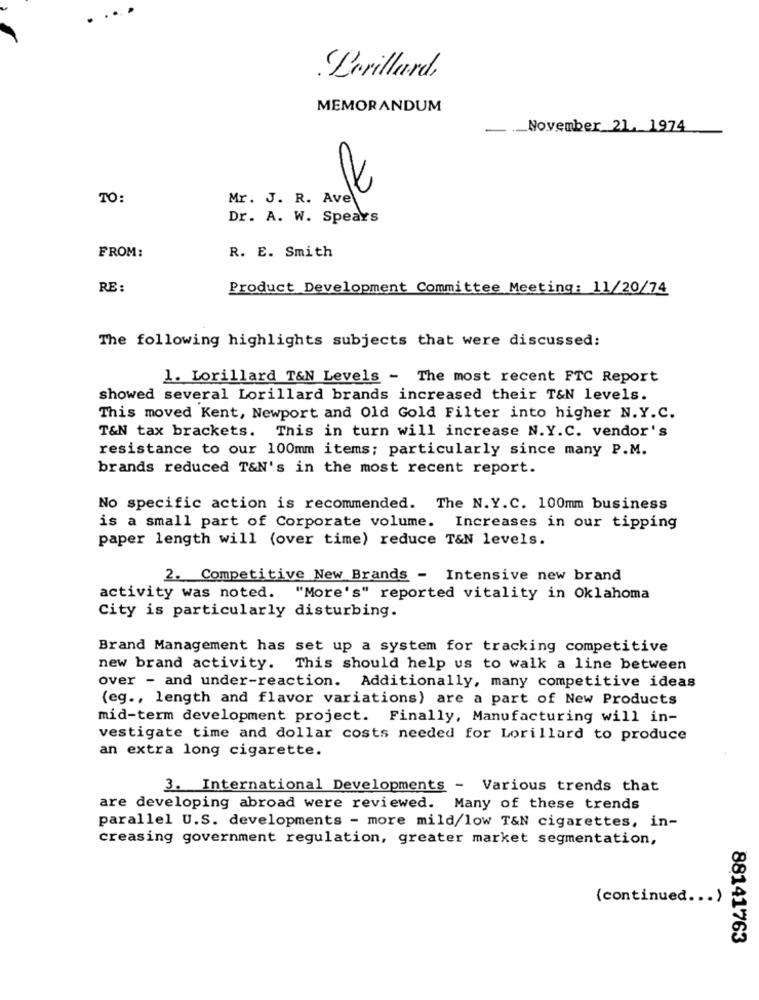
Lorillard,
MEMORANDUM
_November 21, 1974
TO:
Mr. J. R. Ave
Dr. A. W. Spears
R. E. Smith
FROM:
RE:
Product Development Committee Meeting: 11/20/74
The following highlights subjects that were discussed:
1. Lorillard T&N Levels - The most recent FTC Report
showed several Lorillard brands increased their T&N levels.
This moved Kent, Newport and Old Gold Filter into higher N.Y.C.
T&N tax brackets. This in turn will increase N.Y.C. vendor's
resistance to our 100mm items; particularly since many P.M.
brands reduced T&N's in the most recent report.
No specific action is recommended. The N.Y.C. 100mm business
is a small part of Corporate volume. Increases in our tipping
paper length will (over time) reduce T&N levels.
2. Competitive New Brands - Intensive new brand
activity was noted. "More's" reported vitality in Oklahoma
City is particularly disturbing.
Brand Management has set up a system for tracking competitive
new brand activity. This should help us to walk a line between
over - and under-reaction. Additionally, many competitive ideas
(eg ., length and flavor variations) are a part of New Products
mid-term development project. Finally, Manufacturing will in-
vestigate time and dollar costs needed for Lorillard to produce
an extra long cigarette.
3. International Developments - Various trends that
are developing abroad were reviewed. Many of these trends
parallel U.S. developments - more mild/low T&N cigarettes, in-
creasing government regulation, greater market segmentation,
(continued ... )
88141763